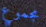
مجموع